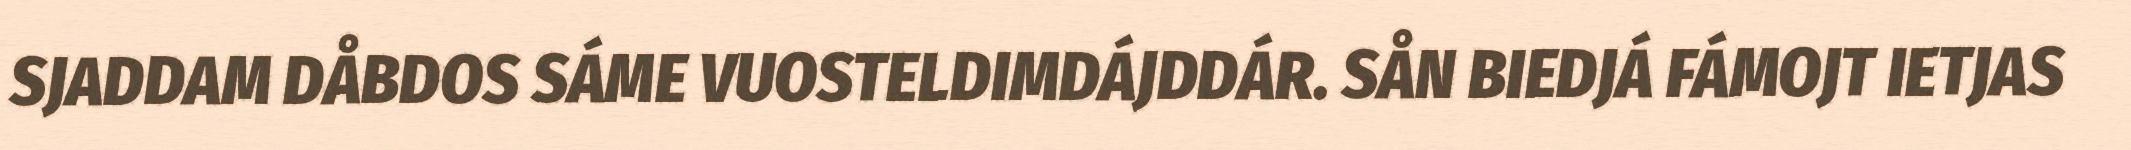
SJADDAM DÅBDOS SÁME VUOSTELDIMDÁJDDÁR. SÅN BIEDJÁ FÁMOJT IETJAS